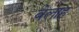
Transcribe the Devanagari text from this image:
बेलाह